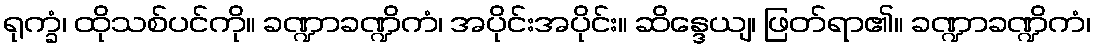
ရုက္ခံ၊ ထိုသစ်ပင်ကို။ ခဏ္ဍာခဏ္ဍိကံ၊ အပိုင်းအပိုင်း။ ဆိန္ဒေယျ၊ ဖြတ်ရာ၏။ ခဏ္ဍာခဏ္ဍိကံ၊